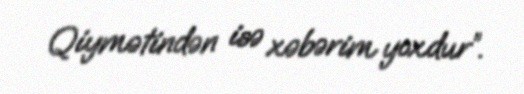
Qiymətindən isə xəbərim yoxdur”.